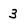
Character: 3